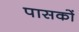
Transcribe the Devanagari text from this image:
पासकों